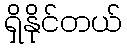
ရှိနိုင်တယ်